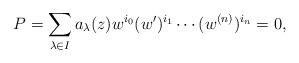
LaTeX: \begin{align*}P= \displaystyle \sum_{\lambda \in I} a_{\lambda}(z)w^{i_0} (w')^{i_1} \cdots (w^{(n)})^{i_n} = 0, \end{align*}